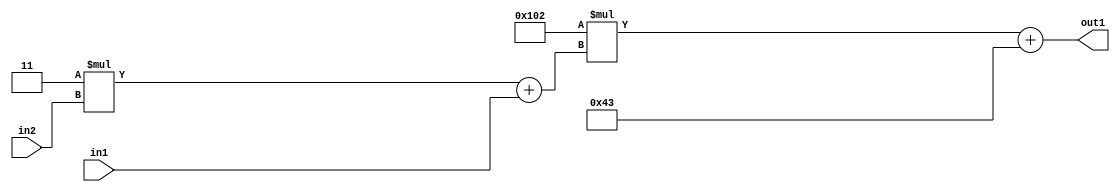
`timescale 1ps / 1ps
/*****************************************************************************
    Verilog RTL Description
    
    
    Created by: Stratus DpOpt 2019.1.01 
*******************************************************************************/

module DC_Filter_Add2i67Mul2i258Add2u1Mul2i3u2_1 (
	in2,
	in1,
	out1
	); /* architecture "behavioural" */ 
input [1:0] in2;
input  in1;
output [11:0] out1;
wire [11:0] asc001;
wire [3:0] asc002;

wire [3:0] asc002_tmp_0;
assign asc002_tmp_0 = 
	+(4'B0011 * in2);
assign asc002 = asc002_tmp_0
	+(in1);

wire [11:0] asc001_tmp_1;
assign asc001_tmp_1 = 
	+(12'B000100000010 * asc002);
assign asc001 = asc001_tmp_1
	+(12'B000001000011);

assign out1 = asc001;
endmodule

/* CADENCE  v7b1QgA= : u9/ySgnWtBlWxVPRXgAZ4Og= ** DO NOT EDIT THIS LINE ******/